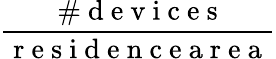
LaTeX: \frac{\mathrm{~\# ~d~e~v~i~c~e~s~}}{\mathrm{~r~e~s~i~d~e~n~c~e~a~r~e~a~}}